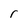
Character: r